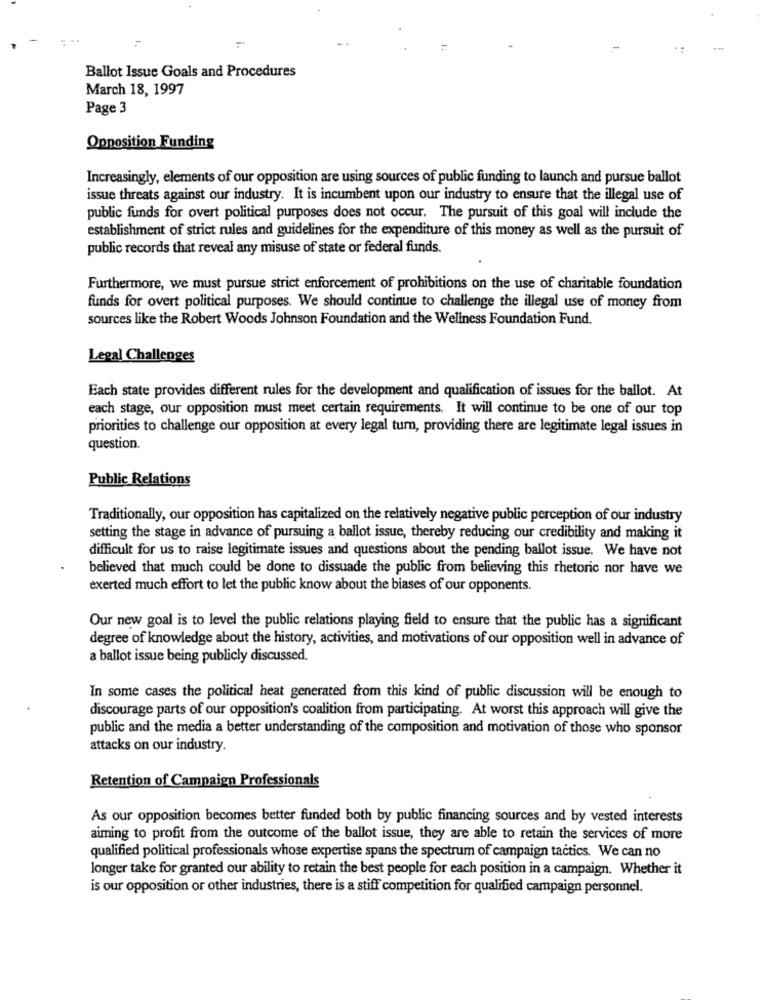
1.
-
Ballot Issue Goals and Procedures
March 18, 1997
Page 3
Opposition Funding
Increasingly, elements of our opposition are using sources of public funding to launch and pursue ballot
issue threats against our industry. It is incumbent upon our industry to ensure that the illegal use of
public funds for overt political purposes does not occur. The pursuit of this goal will include the
establishment of strict rules and guidelines for the expenditure of this money as well as the pursuit of
public records that reveal any misuse of state or federal funds.
Furthermore, we must pursue strict enforcement of prohibitions on the use of charitable foundation
funds for overt political purposes. We should continue to challenge the illegal use of money from
sources like the Robert Woods Johnson Foundation and the Wellness Foundation Fund.
Legal Challenges
Each state provides different rules for the development and qualification of issues for the ballot. At
each stage, our opposition must meet certain requirements. It will continue to be one of our top
priorities to challenge our opposition at every legal turn, providing there are legitimate legal issues in
question.
Public Relations
Traditionally, our opposition has capitalized on the relatively negative public perception of our industry
setting the stage in advance of pursuing a ballot issue, thereby reducing our credibility and making it
difficult for us to raise legitimate issues and questions about the pending ballot issue. We have not
believed that much could be done to dissuade the public from believing this rhetoric nor have we
exerted much effort to let the public know about the biases of our opponents.
Our new goal is to level the public relations playing field to ensure that the public has a significant
degree of knowledge about the history, activities, and motivations of our opposition well in advance of
a ballot issue being publicly discussed.
In some cases the political heat generated from this kind of public discussion will be enough to
discourage parts of our opposition's coalition from participating. At worst this approach will give the
public and the media a better understanding of the composition and motivation of those who sponsor
attacks on our industry.
Retention of Campaign Professionals
As our opposition becomes better funded both by public financing sources and by vested interests
aiming to profit from the outcome of the ballot issue, they are able to retain the services of more
qualified political professionals whose expertise spans the spectrum of campaign tactics. We can no
longer take for granted our ability to retain the best people for each position in a campaign. Whether it
is our opposition or other industries, there is a stiff competition for qualified campaign personnel.